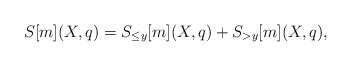
\begin{align*} S[m](X,q)=S_{\leq y}[m](X,q)+S_{>y}[m](X,q),\end{align*}